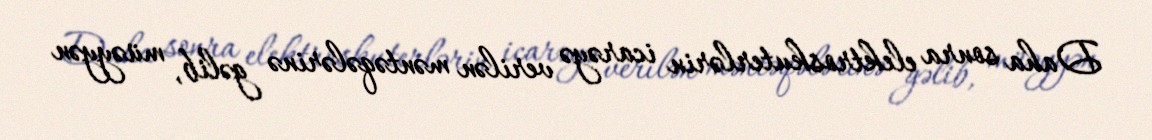
Daha sonra elektroskuterlərin icarəyə verilən məntəqələrinə gəlib, müəyyən